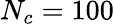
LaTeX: N_{c}=100